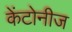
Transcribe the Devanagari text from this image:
केंटोनीज